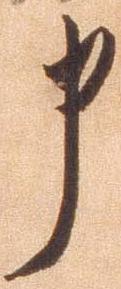
申